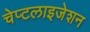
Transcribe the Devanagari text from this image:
चेप्टलाइजेशन